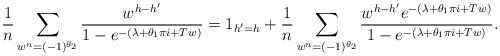
LaTeX: \begin{align*} \frac{ 1 }{n} \sum_{ w^n = (-1)^{\theta_2}} \frac{ w^{ h-h'} }{ 1 - e^{- (\lambda+\theta_1 \pi i +Tw) } } = \mathrm{1}_{h'=h} + \frac{1}{n} \sum_{w^n = (-1)^{\theta_2}} \frac{ w^{h-h'} e^{ - (\lambda+\theta_1 \pi i+Tw)} }{ 1 - e^{- (\lambda+\theta_1 \pi i +Tw) } } .\end{align*}